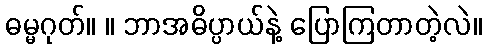
ဓမ္မဂုတ်။ ။ ဘာအဓိပ္ပာယ်နဲ့ ပြောကြတာတဲ့လဲ။